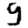
Digit: 9